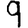
Digit: 9